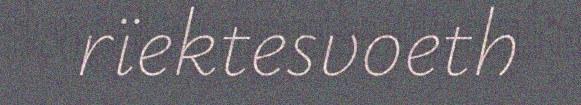
rïektesvoeth